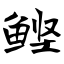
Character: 鲣